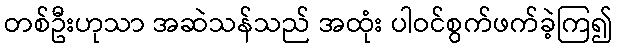
တစ်ဦးဟုသာ အဆဲသန်သည် အထုံး ပါဝင်စွက်ဖက်ခဲ့ကြ၍